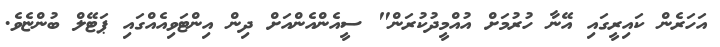
އަހަރެން ކައިރީގައި އޭނާ ހުރުމަށް އުއްމީދުކުރަން" ސީއެންއެންއަށް ދިން އިންޓަވިއެއްގައި ޕަޓޭލް ބުންޏެވެ.